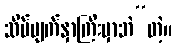
သိပ်မျက်နှာကြီးမှာဘဲ”တဲ့။